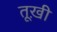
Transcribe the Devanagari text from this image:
तूख़ी